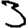
Digit: 3